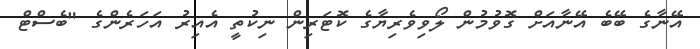
އޭނާގެ ބޭބެ އޭނާއަށް ގޮވުމުން ލޯވިވެރިޔާގެ ކޮޓަރިން ނިކުތީ އެއިރު އަހަރެންގެ "ބެސްޓް